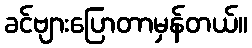
ခင်ဗျားပြောတာမှန်တယ်။